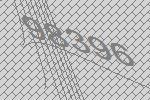
98396